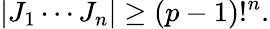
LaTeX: |J_{1}\cdots J_{n}|\geq(p-1)!^{n}.